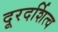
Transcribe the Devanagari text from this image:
दूरदर्शित्व